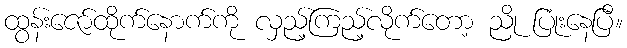
ထွန်းဇော်ထိုက်နောက်ကို လှည့်ကြည့်လိုက်တော့ ညို ပြုံးနေပြီ။